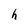
Character: h